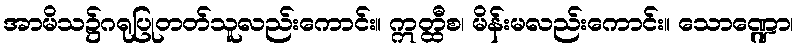
အာမိသ၌ဂရုပြုတတ်သူလည်းကောင်း။ ဣတ္ထီစ၊ မိန်းမလည်းကောင်း။ သောဏ္ဍော၊